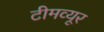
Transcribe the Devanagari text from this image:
टीमव्यूर